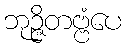
ဘုဉ္ဇိတဗ္ဗံပေ